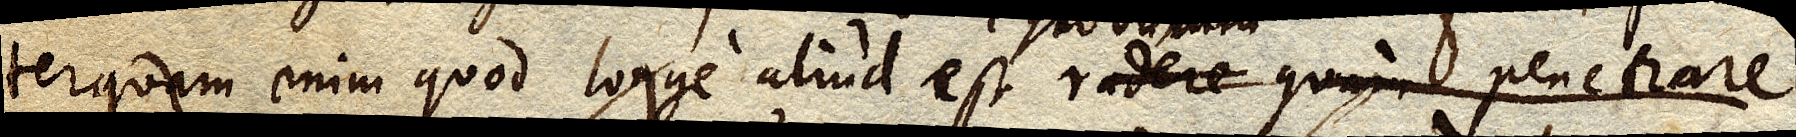
terquam enim quod longe aliud est radere quam penetrare